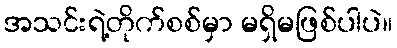
အသင်းရဲ့တိုက်စစ်မှာ မရှိမဖြစ်ပါပဲ။